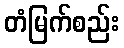
တံမြက်စည်း